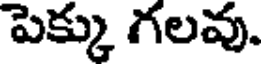
పెక్కు గలవు.